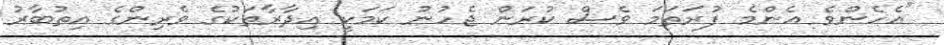
"އެހެންވެ އެންމެ ފުރަތަމަ ވެސް ކުރަން ޖެހުނު ކަމަކީ އިދާރާތަކުގެ ވެރިންގެ އިތުބާރު